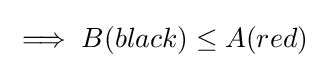
\implies B(black)\leq A(red)